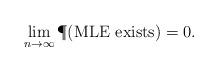
LaTeX: \begin{align*}\lim_{n\to\infty} \P(\mbox{MLE exists})=0. \end{align*}